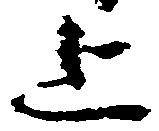
上